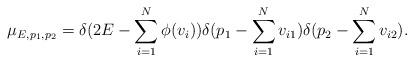
LaTeX: \begin{align*}\mu_{E,p_1,p_2}=\delta (2E - \sum_{i=1}^{N}\phi(v_i))\delta (p_1 - \sum_{i=1}^{N}v_{i1})\delta (p_2 - \sum_{i=1}^{N}v_{i2}).\end{align*}